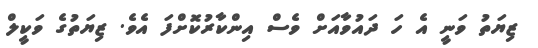
ޒިޔަތު ވަނީ އެ ހަ ދައުވާއަށް ވެސް އިންކާރުކޮށްފަ އެވެ. ޒިޔަތުގެ ވަކީލް